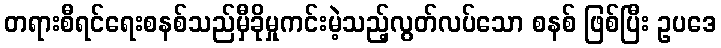
တရားစီရင်ရေးစနစ်သည်မှီခိုမှုကင်းမဲ့သည့်လွတ်လပ်သော စနစ် ဖြစ်ပြီး ဥပဒေ